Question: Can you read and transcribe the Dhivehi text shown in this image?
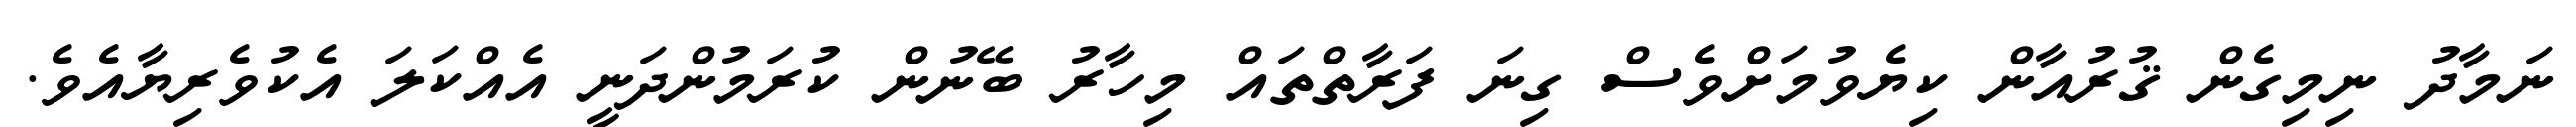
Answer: ނަމާދު ނިމިގެން ޤުރުއާން ކިޔެވުމަށްވެސް ގިނަ ފަރާތްތައް މިހާރު ބޭނުން ކުރަމުންދަނީ އެއްކަލަ އެކުވެރިޔާއެވެ.